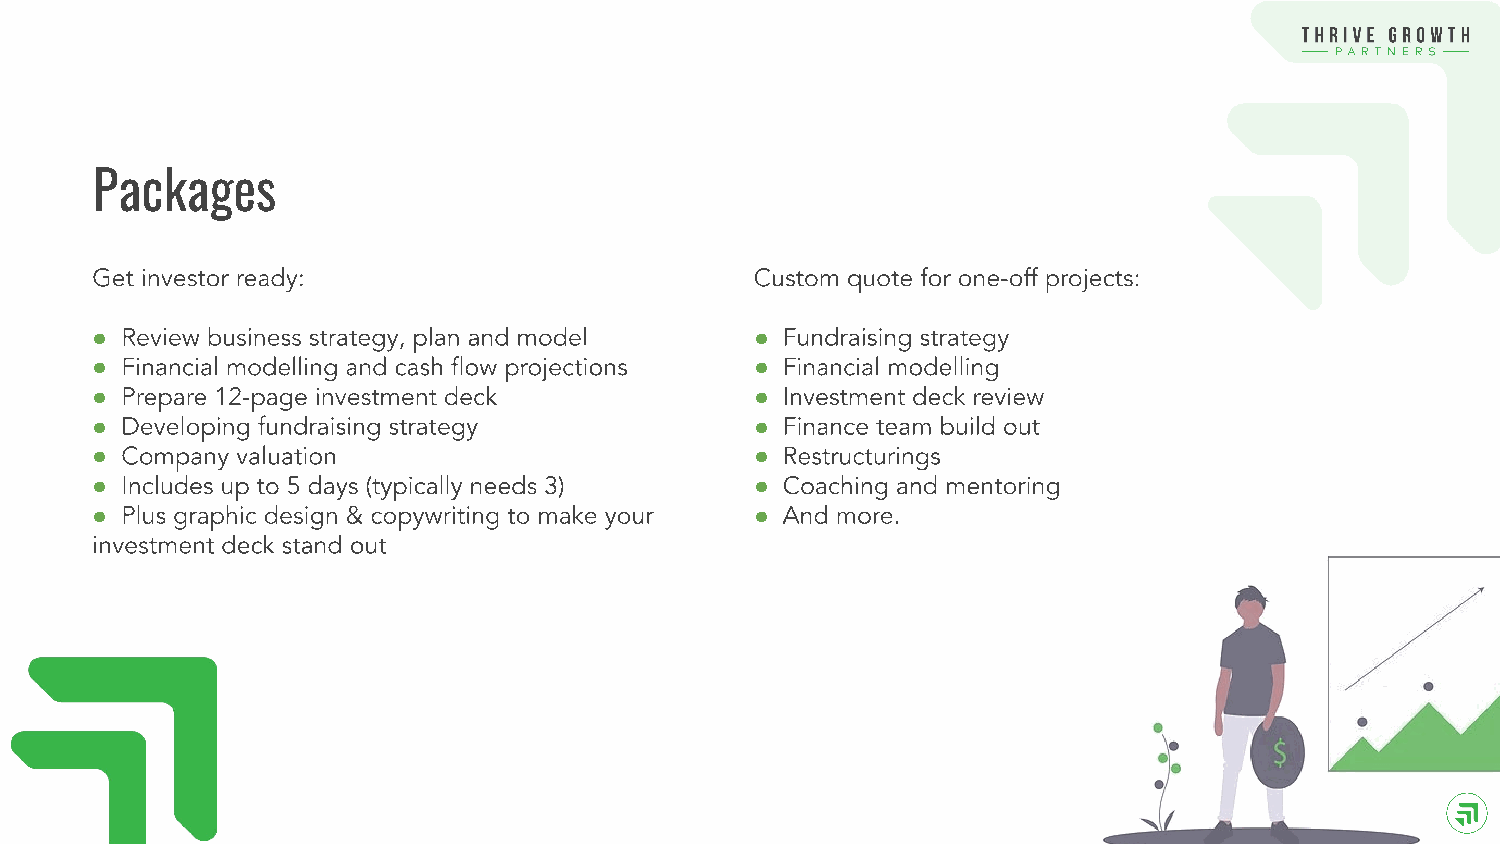
Packages
 ●                                           ●
 ●                                           ●
 ●                                           ●
 ●                                           ●
 ●                                           ●
 ●                                           ●
 ●                                           ●